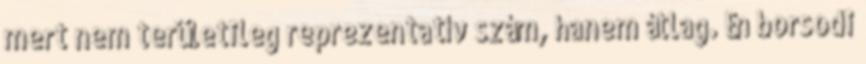
mert nem területileg reprezentatív szám, hanem átlag. Én borsodi